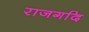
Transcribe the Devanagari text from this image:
राजगदि